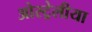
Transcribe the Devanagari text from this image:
ओस्ट्रेलीया